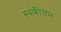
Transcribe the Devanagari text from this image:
स्वकीयेन